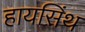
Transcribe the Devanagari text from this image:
हायसिंथ